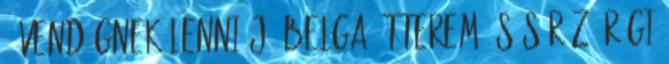
8 Vendégnek lenni jó Belga Étterem és Söröző Régi